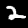
Digit: 2